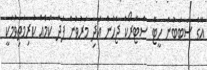
އޭގެ ސަބަބުން ހީޓް ސްޓްރޯކް ޖެހުން އަދި މަރުވުން ފަދަ ކަމެއް ކުރިމަތިވުމަކީ